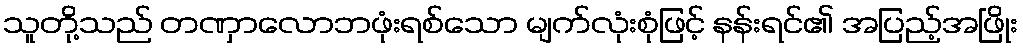
သူတို့သည် တဏှာလောဘဖုံးရစ်သော မျက်လုံးစုံဖြင့် နန်းရင်၏ အပြည့်အဖြိုး